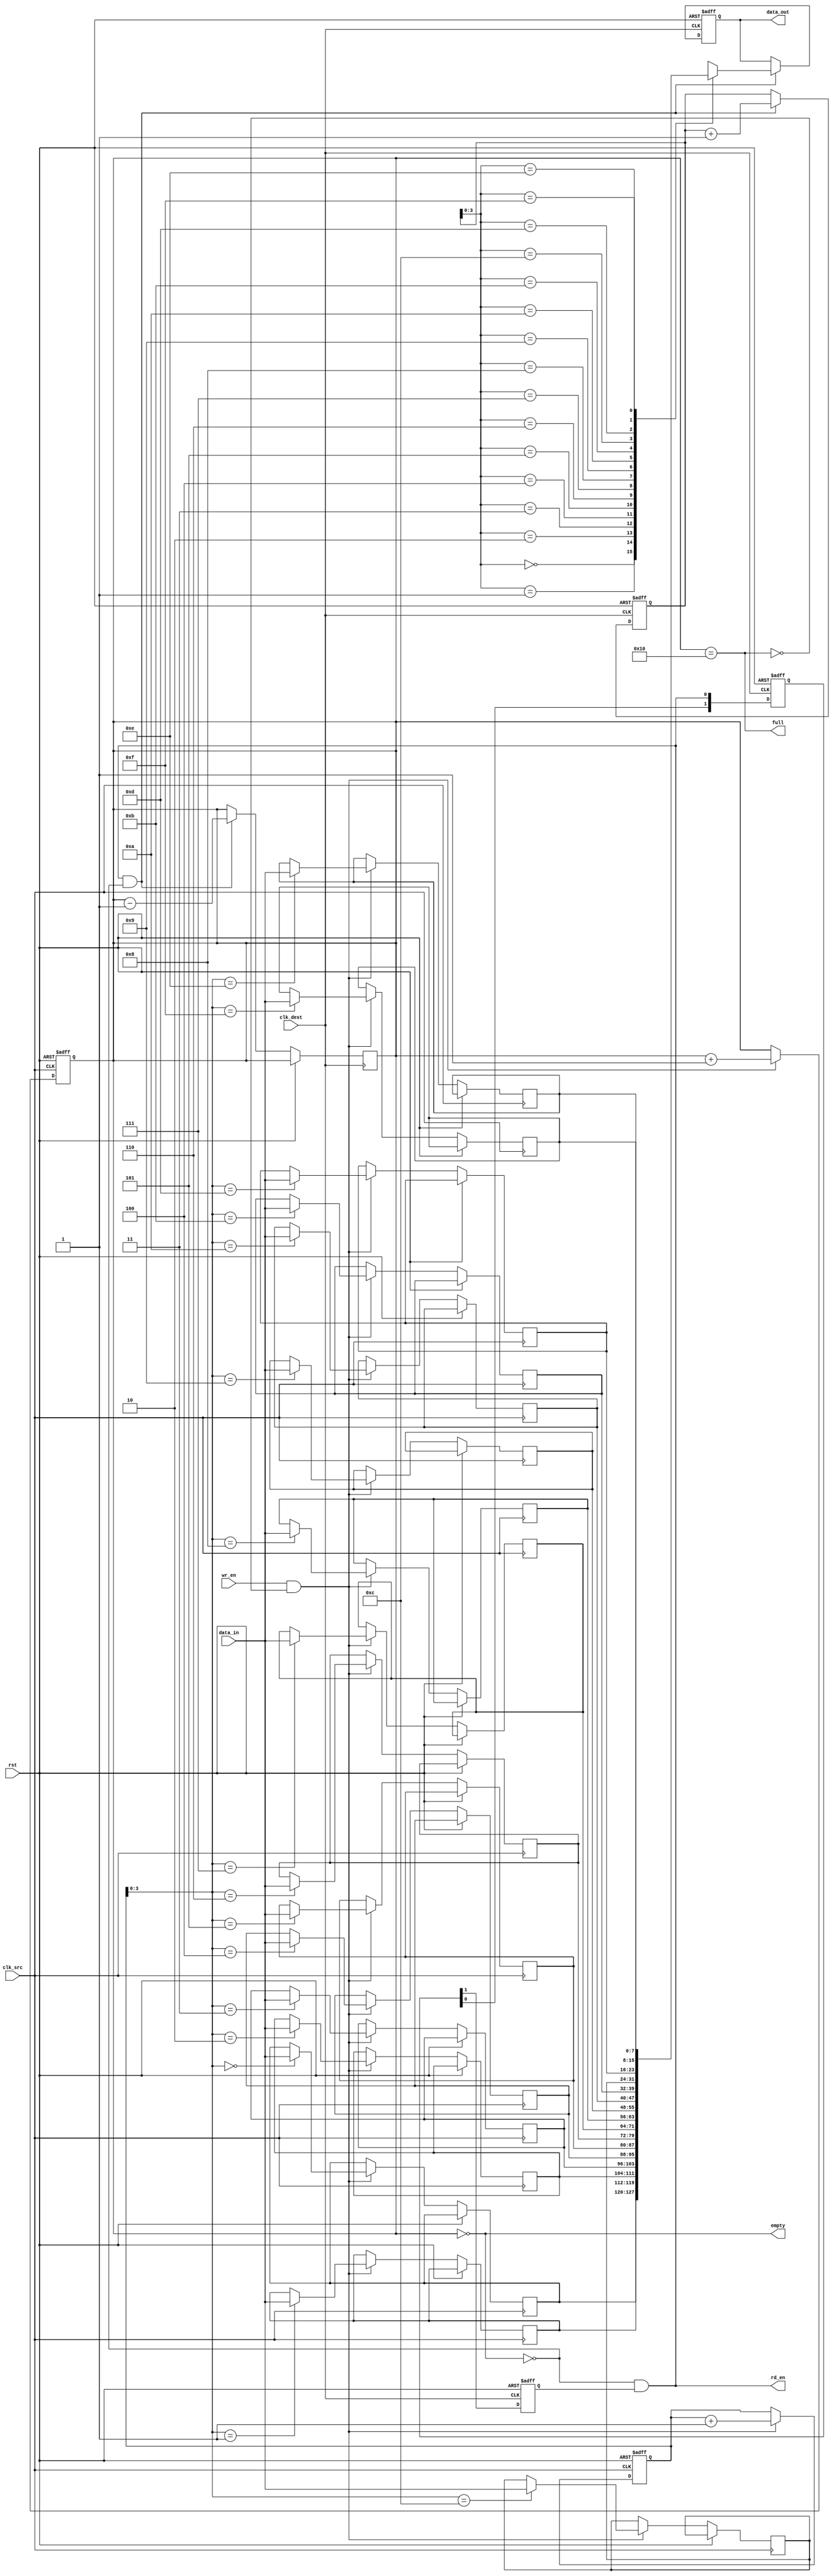
module fifo_synchronizer #(
    parameter DATA_WIDTH = 8,    // Width of the data
    parameter FIFO_DEPTH = 16     // Depth of the FIFO
)(
    input wire clk_src,           // Source clock
    input wire clk_dest,          // Destination clock
    input wire rst,               // Asynchronous reset
    input wire wr_en,             // Write enable signal (from source domain)
    input wire [DATA_WIDTH-1:0] data_in, // Data input (from source domain)
    output wire rd_en,            // Read enable signal (from destination domain)
    output reg [DATA_WIDTH-1:0] data_out, // Data output (to destination domain)
    output wire full,             // FIFO full indicator
    output wire empty             // FIFO empty indicator
);

// FIFO Memory
reg [DATA_WIDTH-1:0] fifo_mem [0:FIFO_DEPTH-1];
reg [4:0] write_ptr; // Write pointer
reg [4:0] read_ptr;  // Read pointer
reg [4:0] count;     // Number of items in the FIFO

// Write Control Logic
always @(posedge clk_src or posedge rst) begin
    if (rst) begin
        write_ptr <= 0;
        count <= 0;
    end else if (wr_en && !full) begin
        fifo_mem[write_ptr] <= data_in;
        write_ptr <= write_ptr + 1;
        count <= count + 1;
    end
end

// Read Control Logic
always @(posedge clk_dest or posedge rst) begin
    if (rst) begin
        read_ptr <= 0;
        data_out <= 0;
    end else if (rd_en && !empty) begin
        data_out <= fifo_mem[read_ptr];
        read_ptr <= read_ptr + 1;
        count <= count - 1;
    end
end

// Status Flags
assign full = (count == FIFO_DEPTH);
assign empty = (count == 0);

// Handshake signaling
reg rd_en_sync;          // Synchronized read enable signal
reg [1:0] rd_en_sync_reg;

always @(posedge clk_dest or posedge rst) begin
    if (rst) begin
        rd_en_sync_reg <= 2'b00;
        rd_en_sync <= 1'b0;
    end else begin
        // Synchronize rd_en signal from destination clock domain
        rd_en_sync_reg <= {rd_en_sync_reg[0], rd_en};
        rd_en_sync <= rd_en_sync_reg[1];
    end
end

// FIFO Read Enable logic
assign rd_en = !empty && rd_en_sync;

endmodule